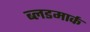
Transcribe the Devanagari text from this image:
ब्लडमार्क